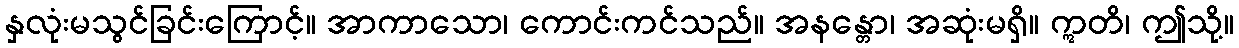
နှလုံးမသွင်ခြင်းကြောင့်။ အာကာသော၊ ကောင်းကင်သည်။ အနန္တော၊ အဆုံးမရှိ။ ဣတိ၊ ဤသို့။